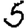
Digit: 5